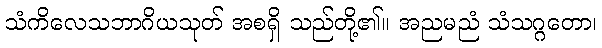
သံကိလေသဘာဂိယသုတ် အစရှိ သည်တို့၏။ အညမညံ သံသဂ္ဂတော၊